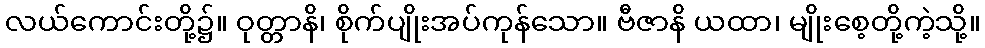
လယ်ကောင်းတို့၌။ ဝုတ္တာနိ၊ စိုက်ပျိုးအပ်ကုန်သော။ ဗီဇာနိ ယထာ၊ မျိုးစေ့တို့ကဲ့သို့။